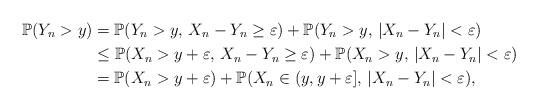
LaTeX: \begin{align*} \mathbb{P}(Y_n > y) & = \mathbb{P}(Y_n > y, \, X_n - Y_n \ge \varepsilon) + \mathbb{P}(Y_n > y, \, |X_n - Y_n| < \varepsilon) \\& \le \mathbb{P}(X_n > y + \varepsilon, \, X_n - Y_n \ge \varepsilon) + \mathbb{P}(X_n > y, \, |X_n - Y_n| < \varepsilon) \\&= \mathbb{P}(X_n > y + \varepsilon) + \mathbb{P}(X_n \in (y, y+\varepsilon], \, |X_n - Y_n| < \varepsilon),\end{align*}